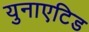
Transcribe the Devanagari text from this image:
युनाएटिड